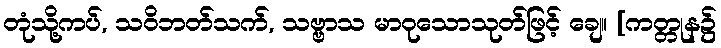
တုံသို့ကပ်, သဝိဘတ်သက်, သဗ္ဗာသ မာဝုသောသုတ်ဖြင့် ချေ။ [ကတ္တုန၌